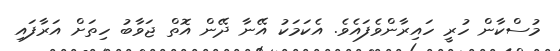
މުސްކާން ހުރީ ހައިރާންވެފައެވެ. އެކަމަކު އޭނާ ދޭން އޮތް ޖަވާބު ހިތަށް އަރާފައި